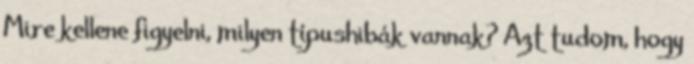
Mire kellene figyelni, milyen típushibák vannak? Azt tudom, hogy